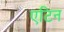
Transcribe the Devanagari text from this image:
एटिन